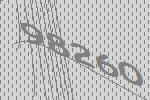
98260